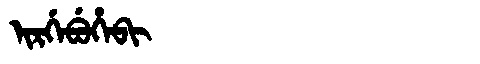
Manchu: ᡳᡵᡤᡝᠪᡠᡥᡝᠪᡳ
Romanization: IRGEBUHEBI